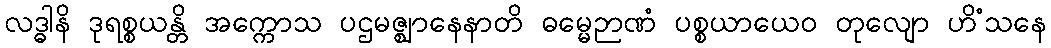
လဒ္ဓါနိ ဒုရစ္စယန္တိ အက္ကောသ ပဌမဇ္ဈာနေနာတိ ဓမ္မေဉာဏံ ပစ္စယာယေဝ တုလျော ဟိံသနေ